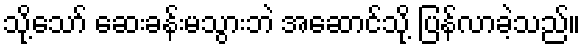
သို့သော် ဆေးခန်းမသွားဘဲ အဆောင်သို့ ပြန်လာခဲ့သည်။